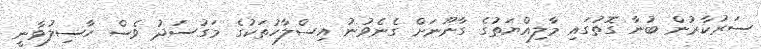
ސަރުކާރުން ބުނާ ގޮތުގައި މާލިއްޔަތުގެ ގާނޫނަށް ގެނެވުނު އިސްލާހުތަކުގެ މަގުސަދު ވެސް ހާސިލުވާނީ